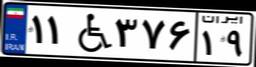
۱۱W۳۷۶۱۹